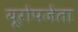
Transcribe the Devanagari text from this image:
यूरोपजेता